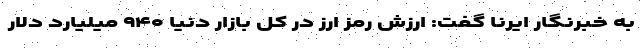
به خبرنگار ایرنا گفت: ارزش رمز ارز در کل بازار دنیا ۹۴۰ میلیارد دلار